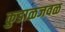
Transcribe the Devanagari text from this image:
कुडाळजवळ